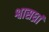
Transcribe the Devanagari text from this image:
श्वासध्रां